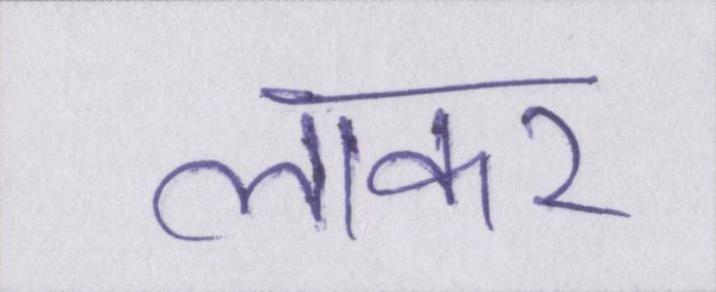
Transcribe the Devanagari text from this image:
लाकर